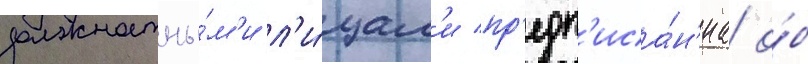
должностны́м'и л'и́цам'и пр'едп'иса́н'иа о́б